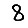
Digit: 8